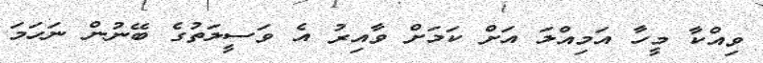
ވިއްކާ މީހާ އަމިއްލަ އަށް ކަމަށް ވާއިރު އެ ވަސީލަތުގެ ބޭނުން ނަހަމަ